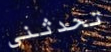
تحدثني